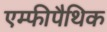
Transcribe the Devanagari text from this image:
एम्फीपैथिक